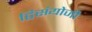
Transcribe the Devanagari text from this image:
द्विसंयोजी